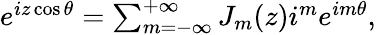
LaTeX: \begin{array}{r}{e^{iz\cos\theta}=\sum_{m=-\infty}^{+\infty}J_{m}(z)i^{m}e^{im\theta},}\end{array}